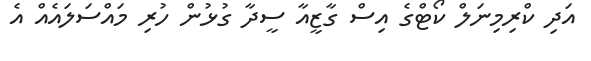
އަދި ކްރިމިނަލް ކޯޓްގެ އިސް ގާޒީއާ ސީދާ ގުޅުން ހުރި މައްސަލައެއް އެ